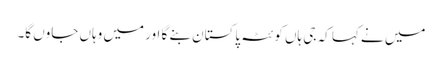
میں نے کہا کہ جی ہاں کوئٹہ پاکستان بنے گا اور میں وہاں جاوں گا۔